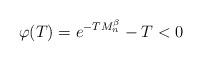
LaTeX: \begin{align*}\varphi(T)= e^{-T M_n^\beta}-T <0\end{align*}